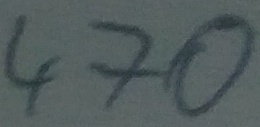
Text: 470